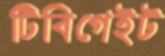
টিবিগেইট